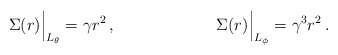
\begin{align*}\Sigma(r) \Big|_{L_\theta} = \gamma r^2 \,,\kern 1 in\Sigma(r) \Big|_{L_\phi} = \gamma^3 r^2 \,.\end{align*}